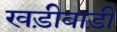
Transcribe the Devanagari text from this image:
खड़ीबाड़ी